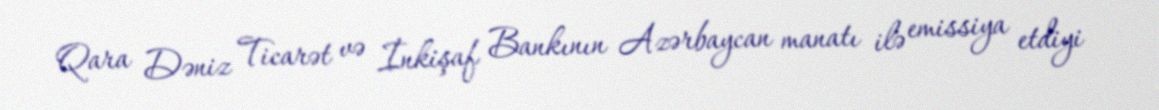
Qara Dəniz Ticarət və İnkişaf Bankının Azərbaycan manatı ilə emissiya etdiyi